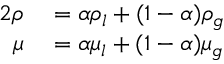
\begin{array} { r l } { { 2 } \rho } & { { } = \alpha \rho _ { l } + ( 1 - \alpha ) \rho _ { g } } \\ { \mu } & { { } = \alpha \mu _ { l } + ( 1 - \alpha ) \mu _ { g } } \end{array}